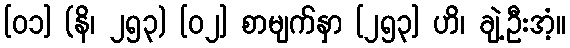
[၀၁] (နိ၊ ၂၅၃) [၀၂] စာမျက်နှာ [၂၅၃] ဟိ၊ ချဲ့ဦးအံ့။